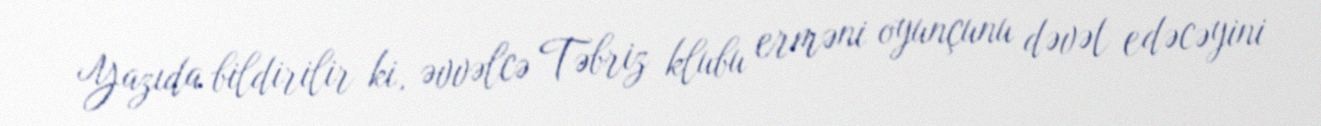
Yazıda bildirilir ki, əvvəlcə Təbriz klubu erməni oyunçunu dəvət edəcəyini